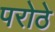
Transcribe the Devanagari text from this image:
परोठे